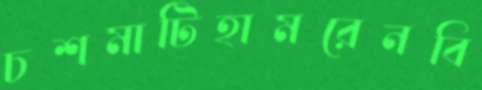
চশমাটিহামরেনবি